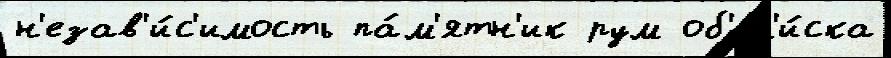
н'езав'и́с'имость па́м'ятн'ик рум об'ел'и́ска